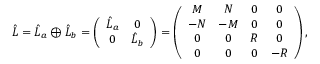
\begin{array} { r } { \hat { L } = \hat { L } _ { a } \oplus \hat { L } _ { b } = \left( \begin{array} { c c } { \hat { L } _ { a } } & { 0 } \\ { 0 } & { \hat { L } _ { b } } \end{array} \right) = \left( \begin{array} { c c c c } { { \cal M } } & { { \cal N } } & { 0 } & { 0 } \\ { - { \cal N } } & { - { \cal M } } & { 0 } & { 0 } \\ { 0 } & { 0 } & { { \cal R } } & { 0 } \\ { 0 } & { 0 } & { 0 } & { - { \cal R } } \end{array} \right) , } \end{array}